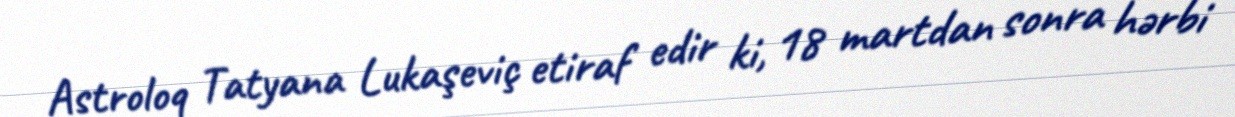
Astroloq Tatyana Lukaşeviç etiraf edir ki, 18 martdan sonra hərbi